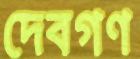
দেবগণ